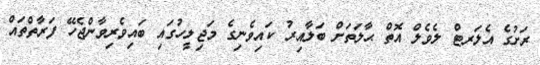
ރަށުގެ އެލަރޓް ލެވެލް އޮތް ޙާލަތަށް ބަލާއިރު ކައިވެނިގެ މަޖިލީހުގައި ބައިވެރިވާންޖެހޭ ފަރާތްތައް